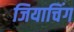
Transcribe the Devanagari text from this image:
जियाचिंग